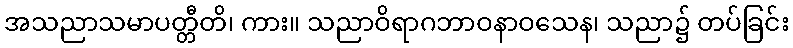
အသညာသမာပတ္တီတိ၊ ကား။ သညာဝိရာဂဘာဝနာဝသေန၊ သညာ၌ တပ်ခြင်း